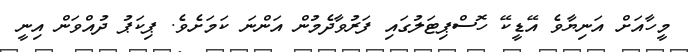
މީހާއަށް އަނިޔާވެ އޭޑީކޭ ހޮސްޕިޓަލުުގައި ފަރުވާދެމުން އަންނަ ކަމަށެވެ. ޕިކަޕު ދުއްވަން އިނީ